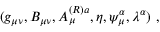
( g _ { \mu \nu } , B _ { \mu \nu } , A _ { \mu } ^ { ( R ) a } , \eta , \psi _ { \mu } ^ { \alpha } , \lambda ^ { \alpha } ) \ ,